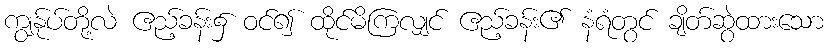
ကျွန်ုပ်တို့လဲ ဧည့်ခန်း၌ ဝင်၍ ထိုင်မိကြလျှင် ဧည့်ခန်း၏ နံရံတွင် ချိတ်ဆွဲထားသော